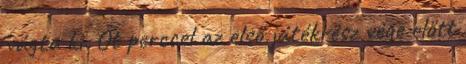
vágta ki. Öt perccel az első játékrész vége előtt